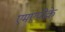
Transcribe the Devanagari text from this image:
एमएपीके